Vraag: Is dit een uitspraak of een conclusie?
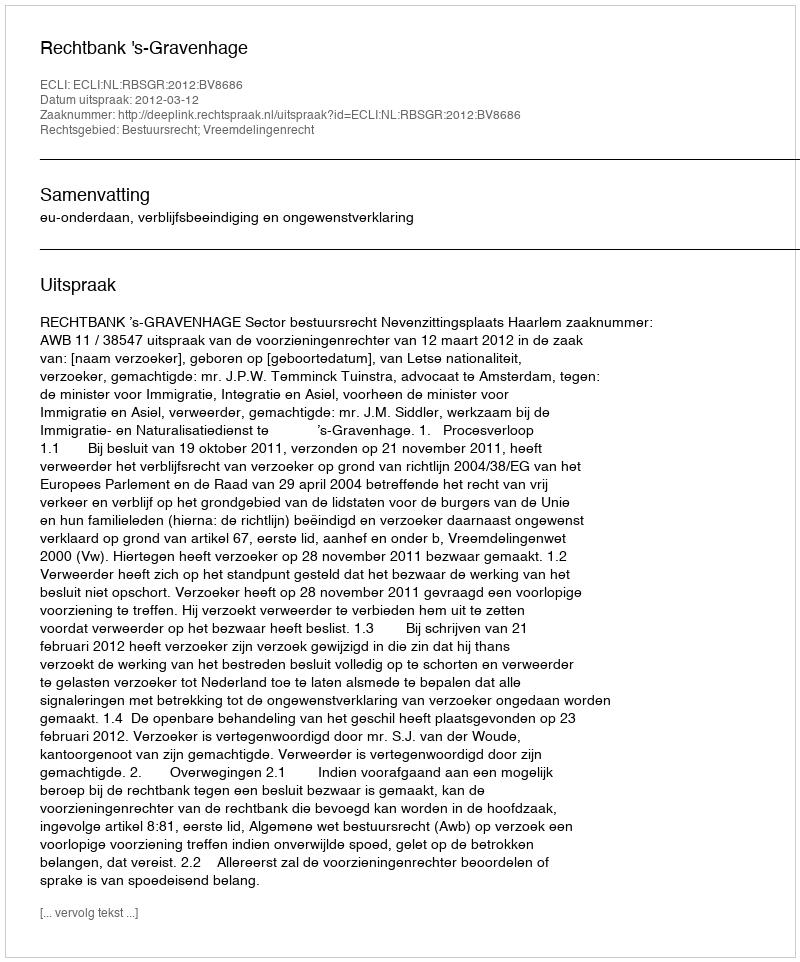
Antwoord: Uitspraak